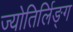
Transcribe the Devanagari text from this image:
ज्योतिर्लिङ्ग